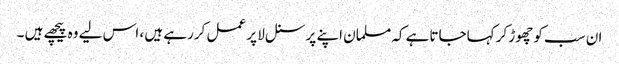
ان سب کو چھوڑ کر کہاجاتاہے کہ مسلمان اپنے پرسنل لا پر عمل کررہے ہیں ، اس لیے وہ پیچھے ہیں ۔